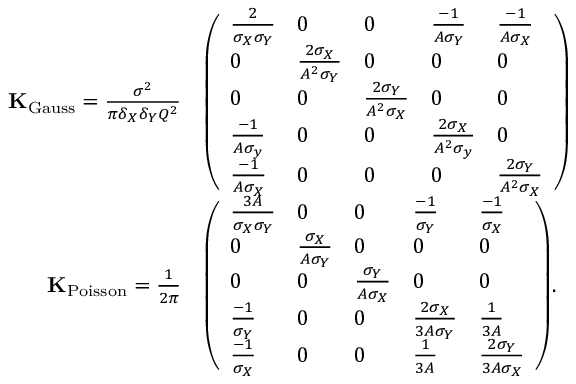
{ \begin{array} { r l } { \mathbf { K } _ { \mathrm { G a u s s } } = { \frac { \sigma ^ { 2 } } { \pi \delta _ { X } \delta _ { Y } Q ^ { 2 } } } } & { { \left( \begin{array} { l l l l l } { { \frac { 2 } { \sigma _ { X } \sigma _ { Y } } } } & { 0 } & { 0 } & { { \frac { - 1 } { A \sigma _ { Y } } } } & { { \frac { - 1 } { A \sigma _ { X } } } } \\ { 0 } & { { \frac { 2 \sigma _ { X } } { A ^ { 2 } \sigma _ { Y } } } } & { 0 } & { 0 } & { 0 } \\ { 0 } & { 0 } & { { \frac { 2 \sigma _ { Y } } { A ^ { 2 } \sigma _ { X } } } } & { 0 } & { 0 } \\ { { \frac { - 1 } { A \sigma _ { y } } } } & { 0 } & { 0 } & { { \frac { 2 \sigma _ { X } } { A ^ { 2 } \sigma _ { y } } } } & { 0 } \\ { { \frac { - 1 } { A \sigma _ { X } } } } & { 0 } & { 0 } & { 0 } & { { \frac { 2 \sigma _ { Y } } { A ^ { 2 } \sigma _ { X } } } } \end{array} \right) } } \\ { \mathbf { K } _ { \operatorname { P o i s s o n } } = { \frac { 1 } { 2 \pi } } } & { { \left( \begin{array} { l l l l l } { { \frac { 3 A } { \sigma _ { X } \sigma _ { Y } } } } & { 0 } & { 0 } & { { \frac { - 1 } { \sigma _ { Y } } } } & { { \frac { - 1 } { \sigma _ { X } } } } \\ { 0 } & { { \frac { \sigma _ { X } } { A \sigma _ { Y } } } } & { 0 } & { 0 } & { 0 } \\ { 0 } & { 0 } & { { \frac { \sigma _ { Y } } { A \sigma _ { X } } } } & { 0 } & { 0 } \\ { { \frac { - 1 } { \sigma _ { Y } } } } & { 0 } & { 0 } & { { \frac { 2 \sigma _ { X } } { 3 A \sigma _ { Y } } } } & { { \frac { 1 } { 3 A } } } \\ { { \frac { - 1 } { \sigma _ { X } } } } & { 0 } & { 0 } & { { \frac { 1 } { 3 A } } } & { { \frac { 2 \sigma _ { Y } } { 3 A \sigma _ { X } } } } \end{array} \right) } . } \end{array} }